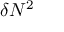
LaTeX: \delta N ^ { 2 }